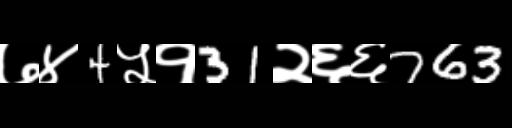
Text: ७४4५१31२६६763